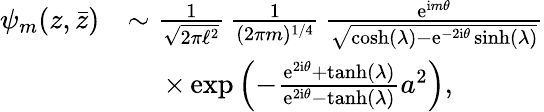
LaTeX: \begin{array}{rl}{\psi_{m}(z,\bar{z})}&{\sim\frac{1}{\sqrt{2\pi\ell^{2}}}\, \frac{1}{(2\pi m)^{1/4}}\, \frac{\mathrm{e}^{\mathrm{i}m\theta}}{\sqrt{\cosh(\lambda)-\mathrm{e}^{-2\mathrm{i}\theta}\sinh(\lambda)}}}\\ &{\quad\; \times\exp\left(-\frac{\mathrm{e}^{2\mathrm{i}\theta}+\operatorname{tanh}(\lambda)}{\mathrm{e}^{2\mathrm{i}\theta}-\operatorname{tanh}(\lambda)}a^{2}\right),}\end{array}